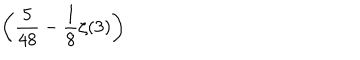
\displaystyle \left( \frac { 5 } { 4 8 } - \frac { 1 } { 8 } \zeta ( 3 ) \right)